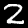
Label: 2